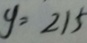
y = 2 1 5